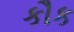
કૌક